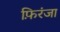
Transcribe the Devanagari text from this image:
फ़िरंजा